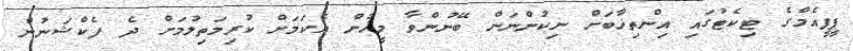
ޕީޕީއެމްގެ ޓިކެޓުގައި އިންތިޚާބަށް ނިކުންނަން ބޭނުންވާ މީހުން އެކަމަށް ކުރިމަތިލުމަށް ދެ ފެކްޝަނުން